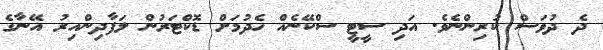
ދެ ދުވަސް ކުރިންނެވެ. އަދި ސީޓީ ސްކޭނެއް ހެދުމަށް ޑޮކްޓަރުން ލަފާދިންއިރު އޭނާގެ